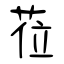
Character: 莅